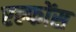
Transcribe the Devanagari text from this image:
एल्फोंस